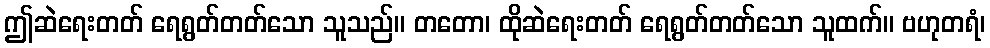
ဤဆဲရေးတတ် ရေရွတ်တတ်သော သူသည်။ တတော၊ ထိုဆဲရေးတတ် ရေရွတ်တတ်သော သူထက်။ ဗဟုတရံ၊